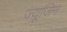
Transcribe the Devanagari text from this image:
ज्यूजिन